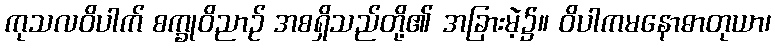
ကုသလဝိပါက် စက္ခုဝိညာဉ် အစရှိသည်တို့၏ အခြားမဲ့၌။ ဝိပါကမနောဓာတုယာ၊